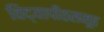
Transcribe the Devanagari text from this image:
विद्यापीठसमूह